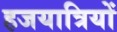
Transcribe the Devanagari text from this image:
हजयात्रियों